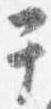
于